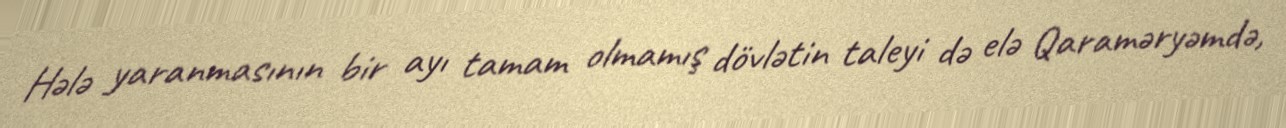
Hələ yaranmasının bir ayı tamam olmamış dövlətin taleyi də elə Qaraməryəmdə,